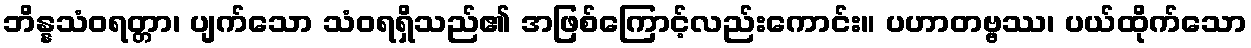
ဘိန္နသံဝရတ္တာ၊ ပျက်သော သံဝရရှိသည်၏ အဖြစ်ကြောင့်လည်းကောင်း။ ပဟာတဗ္ဗဿ၊ ပယ်ထိုက်သော